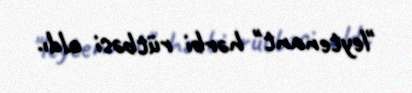
"leytenant" hərbi rütbəsi aldı.